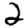
Digit: 2